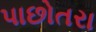
પાછોતરા